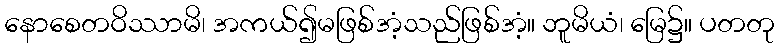
နောစေတဝိဿာမိ၊ အကယ်၍မဖြစ်အံ့သည်ဖြစ်အံ့။ ဘူမိယံ၊ မြေ၌။ ပတတု